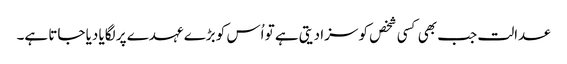
عدالت جب بھی کسی شخص کو سزا دیتی ہے تو اُس کو بڑے عہدے پر لگایا دیا جاتا ہے۔